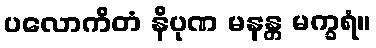
ပလောကိတံ နိပုဏ မနန္တ မက္ခရံ။